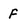
Character: F